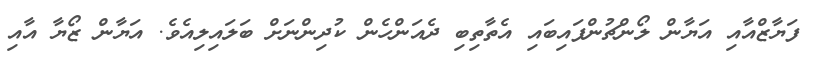
ފަޔާޒްއާއި އަޔާން ލޯންޗުންފައިބައި އެތާތިބި ދެއަންހެން ކުދިންނަށް ބަލައިލިއެވެ. އަޔާން ޒޯޔާ އާއި